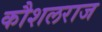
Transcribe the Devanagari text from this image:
कौशलराज